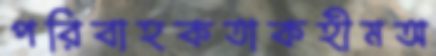
পরিবাহকতাকহীমঅ